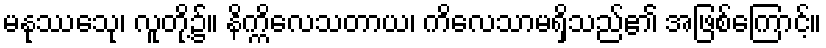
မနုဿေသု၊ လူတို့၌။ နိက္ကိလေသတာယ၊ ကိလေသာမရှိသည်၏ အဖြစ်ကြောင့်။